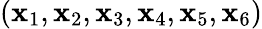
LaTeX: (\mathbf{x}_{1},\mathbf{x}_{2},\mathbf{x}_{3},\mathbf{x}_{4},\mathbf{x}_{5},\mathbf{x}_{6})